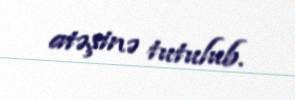
atəşinə tutulub.